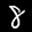
Digit: 8